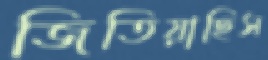
জিতিয়াছিস